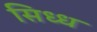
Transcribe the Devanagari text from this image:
सिध्ध